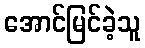
အောင်မြင်ခဲ့သူ